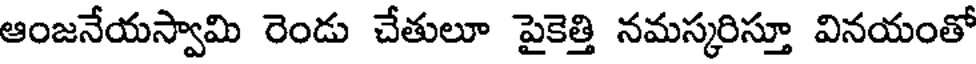
ఆంజనేయస్వామి రెండు చేతులూ పైకెత్తి నమస్కరిస్తూ వినయంతో